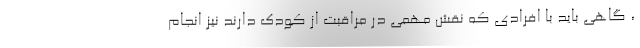
، گاهی باید با افرادی که نقش مهمی‌ در مراقبت از کودک دارند نیز انجام